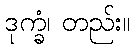
ဒုက္ခံ၊ တည်း။